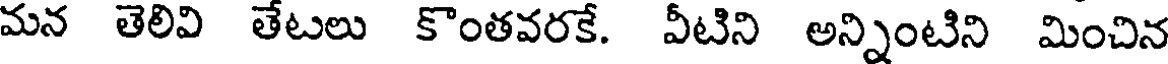
మన తెలివి తేటలు కొంతవరకే. వీటిని అన్నింటిని మించిన